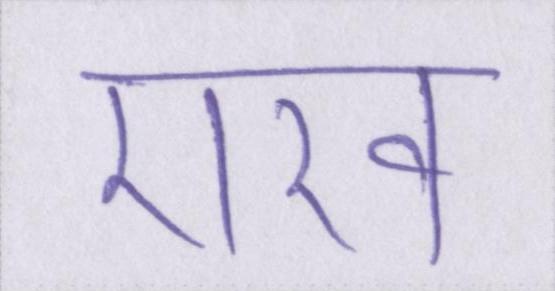
राख